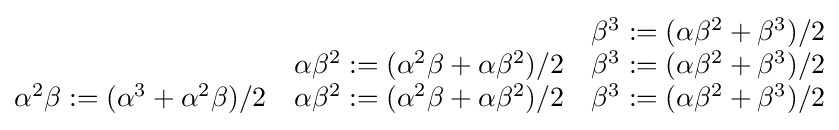
{\begin{matrix}&&\beta ^{3}:=(\alpha \beta ^{2}+\beta ^{3})/2\\&\alpha \beta ^{2}:=(\alpha ^{2}\beta +\alpha \beta ^{2})/2&\beta ^{3}:=(\alpha \beta ^{2}+\beta ^{3})/2\\\alpha ^{2}\beta :=(\alpha ^{3}+\alpha ^{2}\beta )/2&\alpha \beta ^{2}:=(\alpha ^{2}\beta +\alpha \beta ^{2})/2&\beta ^{3}:=(\alpha \beta ^{2}+\beta ^{3})/2\\\end{matrix}}